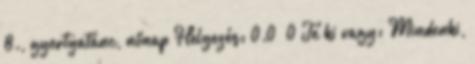
8., gyertyatánc, nőnap Helyezés: 0.0 0 Te ki vagy: Mindenki,